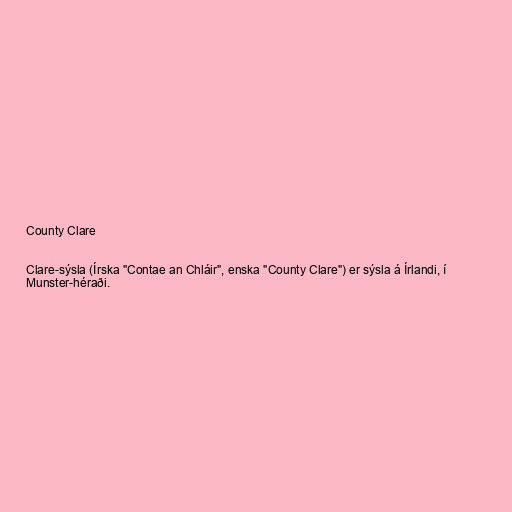
County Clare

Clare-sýsla (Írska "Contae an Chláir", enska "County Clare") er sýsla á Írlandi, í
Munster-héraði.